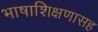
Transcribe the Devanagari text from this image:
भाषाशिक्षणासह